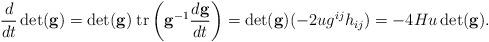
LaTeX: \begin{align*} \frac{d}{dt}\det(\mathbf{g}) = \det(\mathbf{g}) \; \mathrm{tr} \left(\mathbf{g}^{-1} \frac{d\mathbf{g}}{dt}\right) = \det(\mathbf{g}) (-2ug^{ij}h_{ij}) = -4 Hu \det(\mathbf{g}).\end{align*}